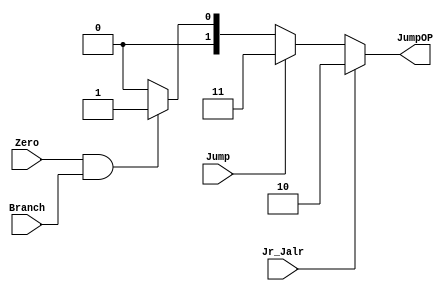
// Jump_Ctrl

module Jump_Ctrl( Zero,
                  JumpOP,
				  // write your code in here
				  Branch,
				  Jump,
				  Jr_Jalr,
				  );

    input Zero, Branch, Jump, Jr_Jalr;
	output [1:0] JumpOP;
	// write your code in here
	reg [1:0] JumpOP;

	always @(*) begin
	  if(Jr_Jalr == 1'b1) 
	  	JumpOP = 2'b10;
	  else if(Jump == 1'b1)
	  	JumpOP = 2'b11;
	  else if(Zero == 1'b1 && Branch == 1'b1)
	  	JumpOP = 2'b01;
	  else 
	  	JumpOP = 2'b00;
	end
endmodule